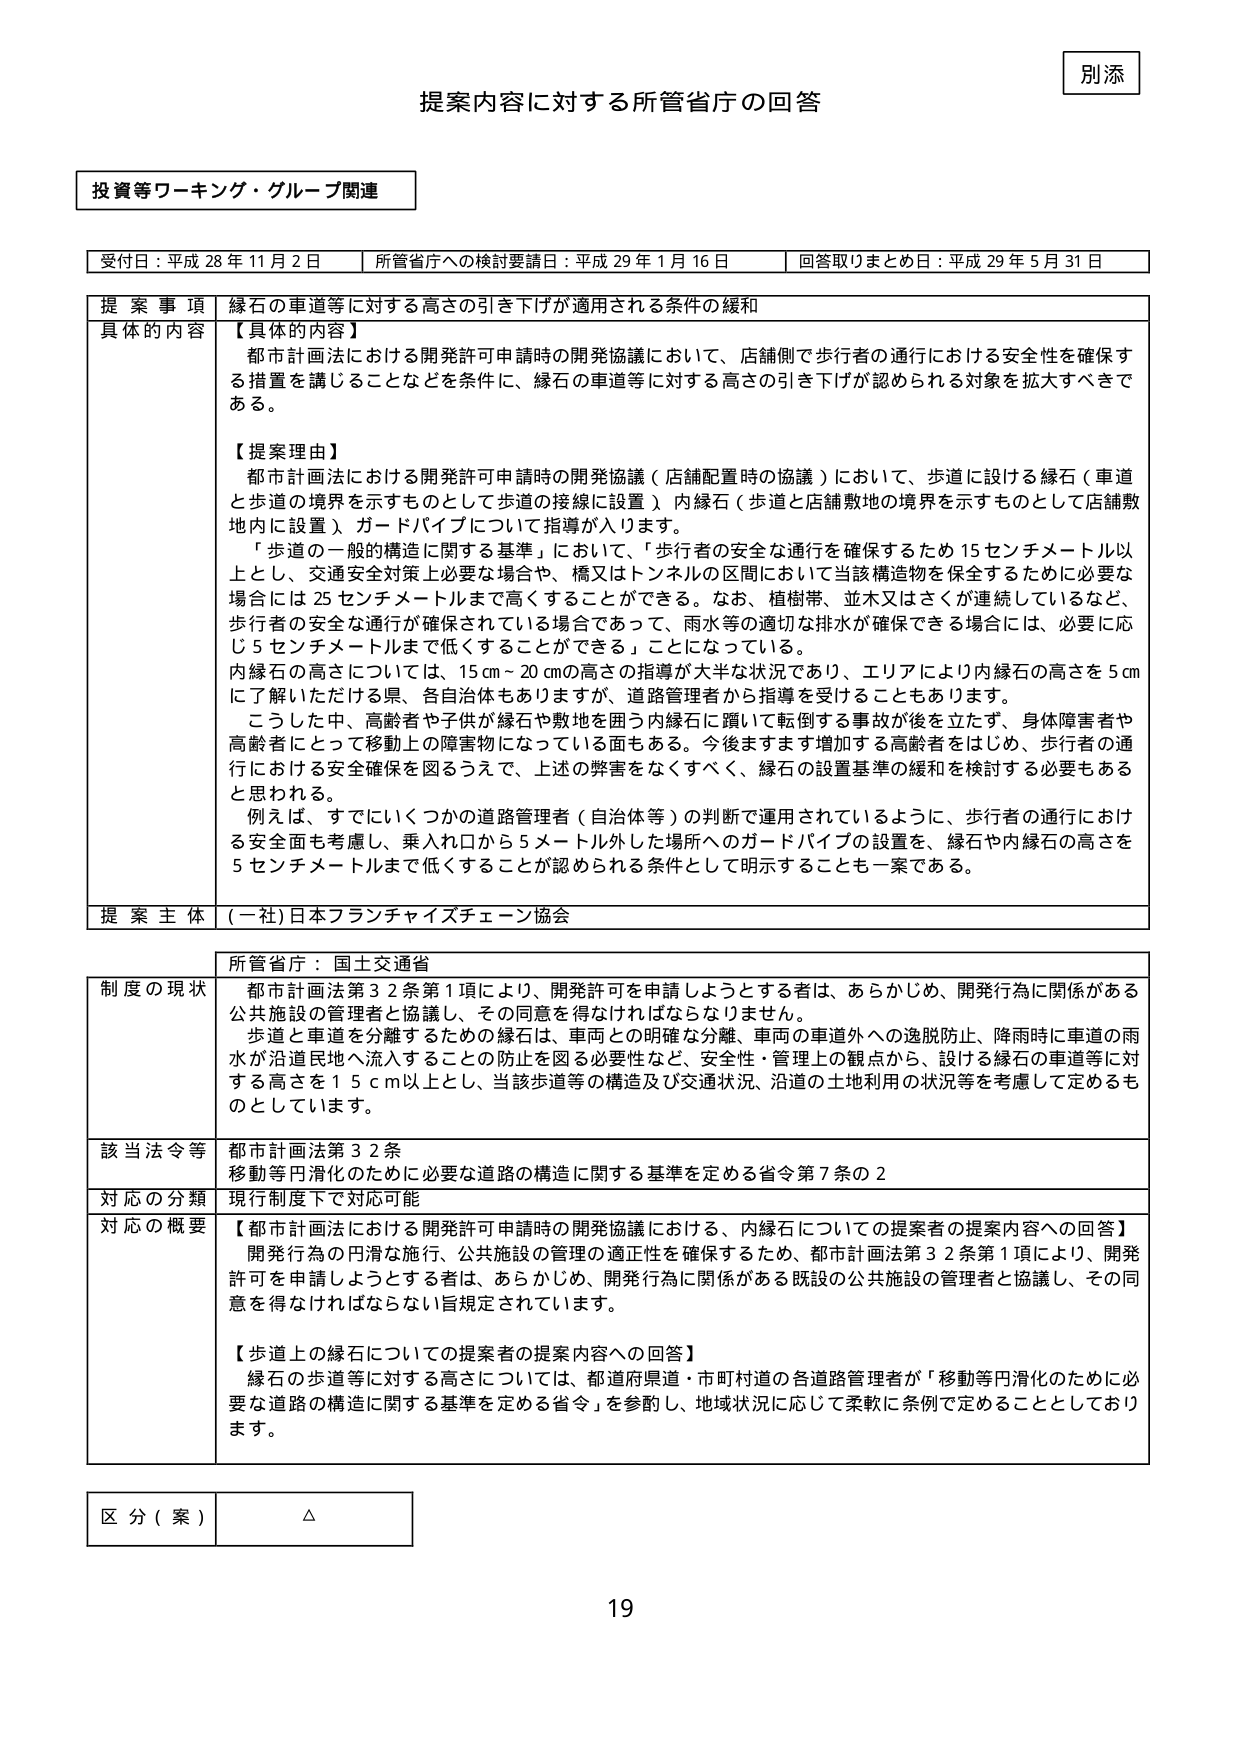
別添

提案内容に対する所管省庁の回答

投資等ワーキング・グループ関連

受付日：平成28年11月2日　　所管省庁への検討要請日：平成29年1月16日　　回答取りまとめ日：平成29年5月31日

提案事項　縁石の車道等に対する高さの引き下げが適用される条件の緩和

具体的な内容　【具体的内容】
都市計画法における開発許可申請時の開発協議において、店舗側で歩行者の通行における安全性を確保する措置を講じることなどを条件に、縁石の車道等に対する高さの引き下げが認められる対象を拡大すべきである。

【提案理由】
都市計画法における開発許可申請時の開発協議（店舗配置時の協議）において、歩道に設ける縁石（車道と歩道の境界を示すものとして歩道の接線に設置）、内縁石（歩道と店舗敷地の境界を示すものとして店舗敷地内に設置）、ガードパイプについて指導が入ります。

「歩道の一般的構造に関する基準」において、「歩行者の安全な通行を確保するため15センチメートル以上とし、交通安全対策上必要な場合や、橋又はトンネルの区間において当該構造物を保全するために必要な場合には25センチメートルまで高くすることができる。なお、植樹帯、並木又はさくが連続しているなど、歩行者の安全な通行が確保されている場合であって、雨水等の適切な排水が確保できる場合には、必要に応じ5センチメートルまで低くすることができる」ことになっている。

内縁石の高さについては、15cm～20cmの高さの指導が大半な状況であり、エリアにより内縁石の高さを5cmに了解いただける県、各自治体もありますが、道路管理者から指導を受けることもあります。

こうした中、高齢者や子供が縁石や敷地を囲う内縁石に躓いて転倒する事故が後を立たず、身体障害者や高齢者にとって移動上の障害物になっている面もある。今後ますます増加する高齢者をはじめ、歩行者の通行における安全確保を図るうえで、上述の弊害をなくすべく、縁石の設置基準の緩和を検討する必要もあると思われる。

例えば、すでにいくつかの道路管理者（自治体等）の判断で運用されているように、歩行者の通行における安全面も考慮し、乗入口から5メートル外した場所へのガードパイプの設置を、縁石や内縁石の高さを5センチメートルまで低くすることが認められる条件として明示することも一案である。

提案主体　(一社)日本フランチャイズチェーン協会

所管省庁：国土交通省

制度の現状　都市計画法第32条第1項により、開発許可を申請しようとする者は、あらかじめ、開発行為に関係がある公共施設の管理者と協議し、その同意を得なければならないません。
歩道と車道を分離するための縁石は、車両との明確な分離、車両の車道外への逸脱防止、降雨時に車道の雨水が沿道民地へ流入することの防止を図る必要性など、安全性・管理上の観点から、設ける縁石の車道等に対する高さを15cm以上とし、当該歩道等の構造及び交通状況、沿道の土地利用の状況等を考慮して定めるものとしています。

該当法令等　都市計画法第32条
移動等円滑化のために必要な道路の構造に関する基準を定める省令第7条の2

対応の分類　現行制度下で対応可能

対応の概要　【都市計画法における開発許可申請時の開発協議における、内縁石についての提案者の提案内容への回答】
開発行為の円滑な施行、公共施設の管理の適正性を確保するため、都市計画法第32条第1項により、開発許可を申請しようとする者は、あらかじめ、開発行為に関係がある既設の公共施設の管理者と協議し、その同意を得なければならない旨規定されています。

【歩道上の縁石についての提案者の提案内容への回答】
縁石の歩道等に対する高さについては、都道府県道・市町村道の各道路管理者が「移動等円滑化のために必要な道路の構造に関する基準を定める省令」を参酌し、地域状況に応じて柔軟に条例で定めることとしております。

区分（案）　△

19